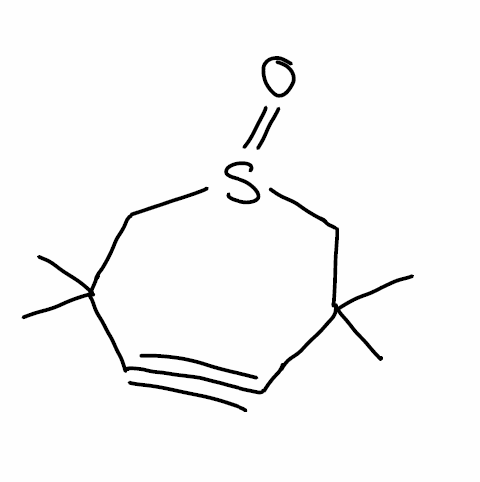
Simplified molecular-input line-entry system (SMILES) notation of the given molecule:
CC1(CS(=O)CC(C#C1)(C)C)C